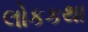
લોકકથા